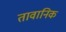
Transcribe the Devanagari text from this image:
तावानिक